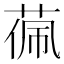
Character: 𮶧